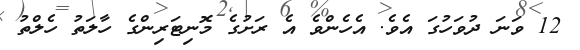
12 ވަނަ ދުވަހުގަ އެވެ. އެހެންވެ އެ ރަށުގެ މޮނިޓަރިންގެ ހާލަތު ހެލްތު